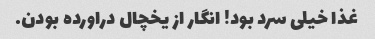
غذا خیلى سرد بود! انگار از یخچال دراورده بودن.